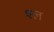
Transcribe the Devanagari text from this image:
श्‍ल